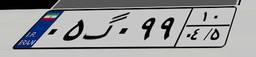
۰۵گ۰۹۹۱۰